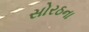
સોરઠના